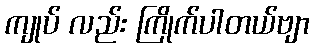
ကျုပ် လည်း ကြိုက်ပါတယ်ဗျာ